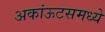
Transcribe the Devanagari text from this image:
अकांऊटसमध्ये